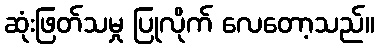
ဆုံးဖြတ်သမှု ပြုလိုက် လေတော့သည်။